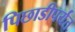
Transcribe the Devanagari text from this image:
पिछाडीपर्यंत